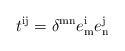
\begin{align*}t^{\mathrm{ij}} = \delta^{\mathrm{mn}} e^{\mathrm{i}}_{\mathrm{m}} e^{\mathrm{j}}_{\mathrm{n}}\end{align*}